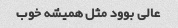
عالی بوود مثل همیشه خوب